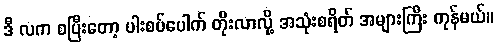
ဒီ လက စပြီးတော့ ပါးစပ်ပေါက် တိုးလာလို့ အသုံးစရိတ် အများကြီး ကုန်မယ်။